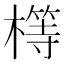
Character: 𣛆